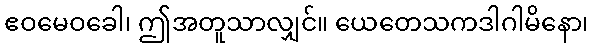
ဧဝမေဝခေါ၊ ဤအတူသာလျှင်။ ယေတေသကဒါဂါမိနော၊